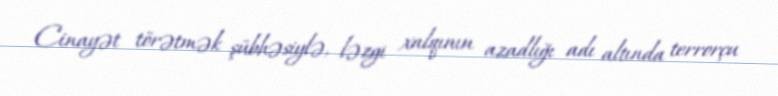
Cinayət törətmək şübhəsiylə, ləzgi xalqının azadlığı adı altında terrorçu